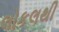
લોકલથી